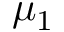
\mu _ { 1 }